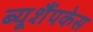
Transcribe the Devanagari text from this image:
ब्यूशैंपकेस